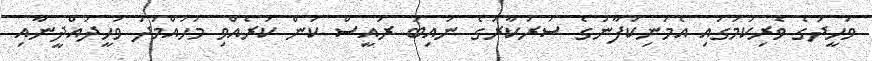
ވަހީދުގެ ވެރިކަމުގައި އެމަނިކުފާނުގެ ސަރުކާރުގެ ނައިބު ރައީސް ކަން ކުރެއްވި މުހައްމަދު ވަހީދުއްދީނާއި